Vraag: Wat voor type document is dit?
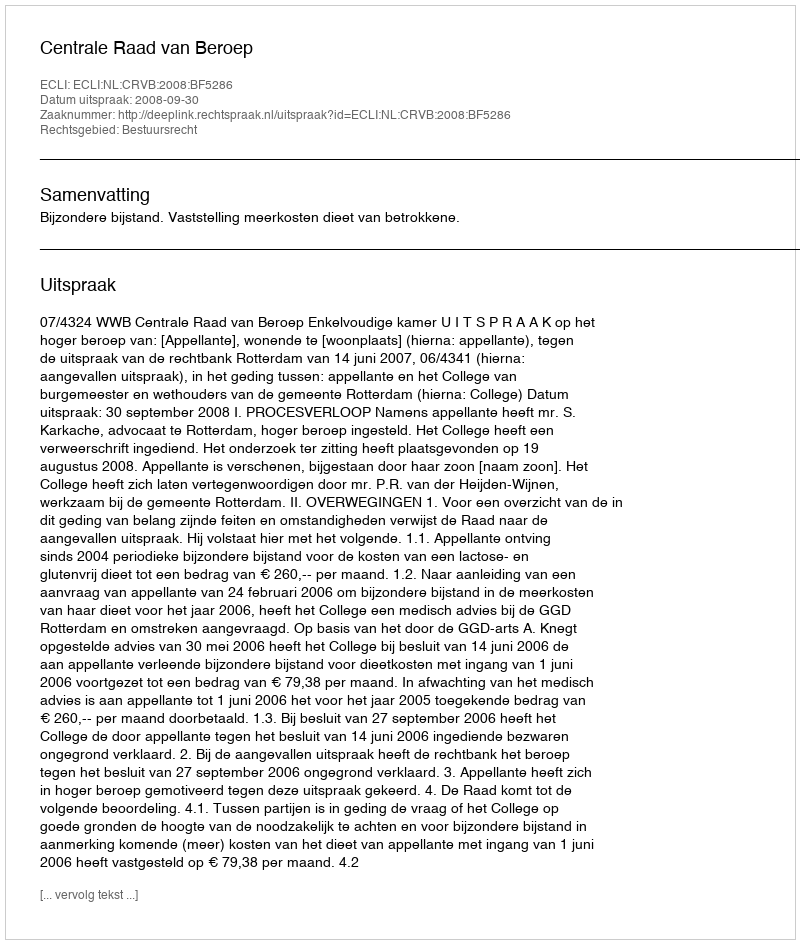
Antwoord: Uitspraak